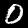
Digit: 0